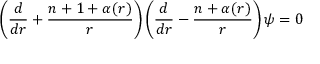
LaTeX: \left( \frac { d } { d r } + \frac { n + 1 + \alpha ( r ) } { r } \right) \left( \frac { d } { d r } - \frac { n + \alpha ( r ) } { r } \right) \psi = 0